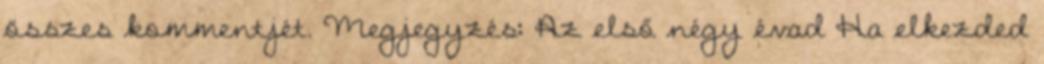
összes kommentjét. Megjegyzés: Az első négy évad Ha elkezded